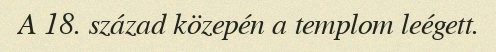
A 18. század közepén a templom leégett.